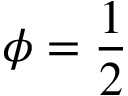
\phi = \frac 1 2